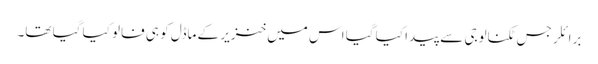
برائلر جس ٹکنالوجی سے پیدا کیا گیا اس میں خنزیر کے ماڈل کو ہی فالو کیا گیا تھا۔